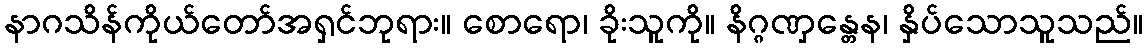
နာဂသိန်ကိုယ်တော်အရှင်ဘုရား။ စောရော၊ ခိုးသူကို။ နိဂ္ဂဏှန္တေန၊ နှိပ်သောသူသည်။